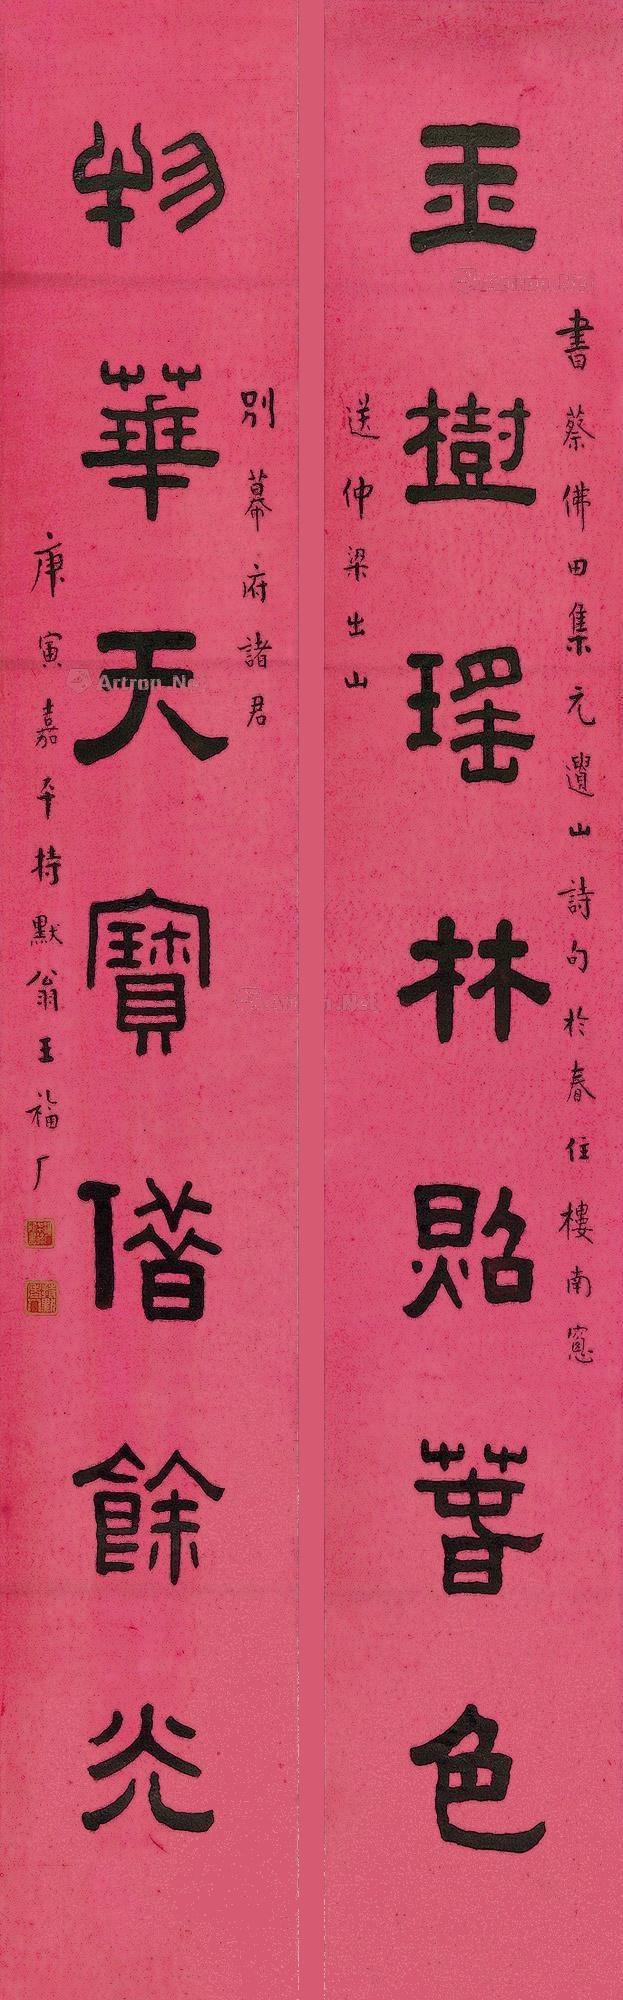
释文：玉树瑶林照春色，物华天宝借余光。书蔡佛田集元遗山诗句于春住楼南窗。送仲梁出山、别幕府诸君。庚寅嘉平，持默翁王福厂。